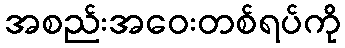
အစည်းအဝေးတစ်ရပ်ကို